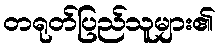
တရုတ်ပြည်သူများ၏